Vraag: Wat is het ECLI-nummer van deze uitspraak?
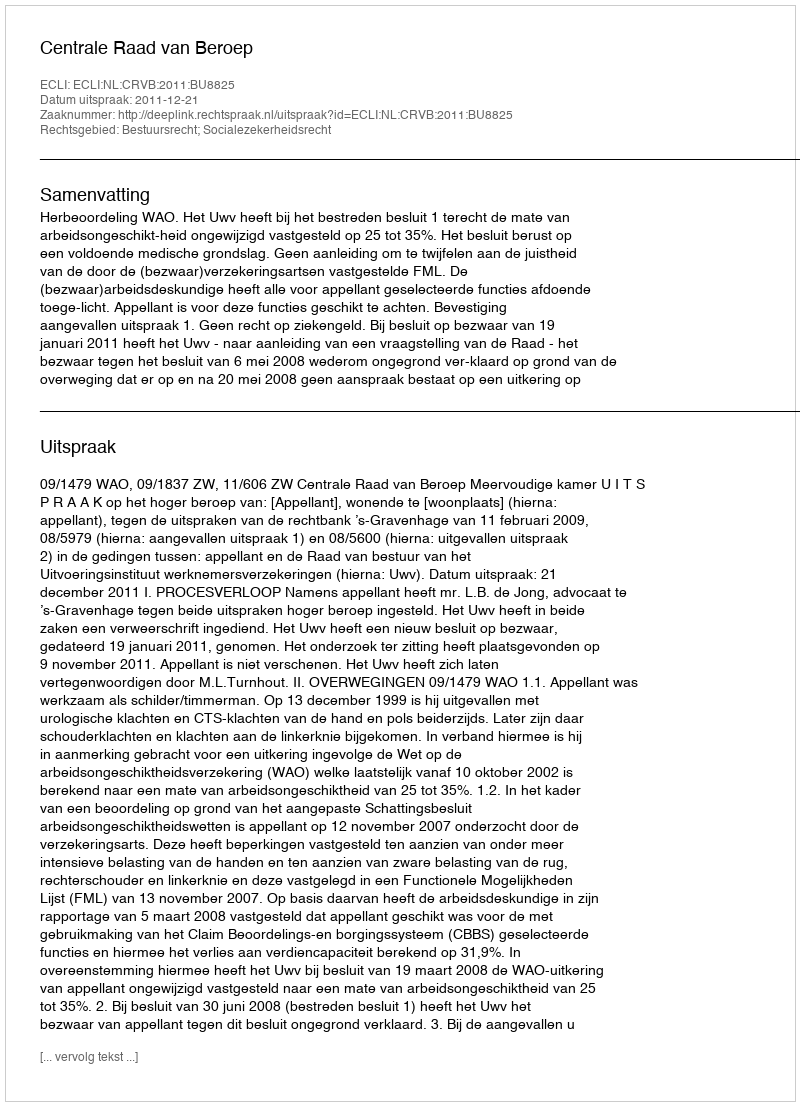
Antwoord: ECLI:NL:CRVB:2011:BU8825